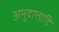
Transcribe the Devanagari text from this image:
अनुदात्तादि